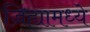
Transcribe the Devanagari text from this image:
जिह्यामध्ये